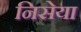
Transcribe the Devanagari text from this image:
निसेया